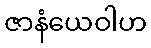
ဇာနံယေဝါဟ